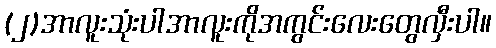
(၂)အာလူးသုံးပါအာလူးကိုအကွင်းလေးတွေလှီးပါ။